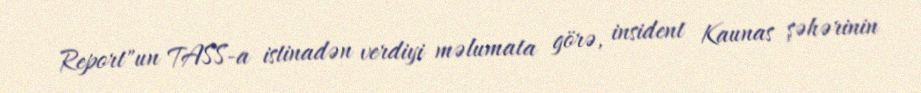
Report"un TASS-a istinadən verdiyi məlumata görə, insident Kaunas şəhərinin